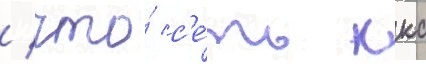
/ что́ с'е́ть ккс